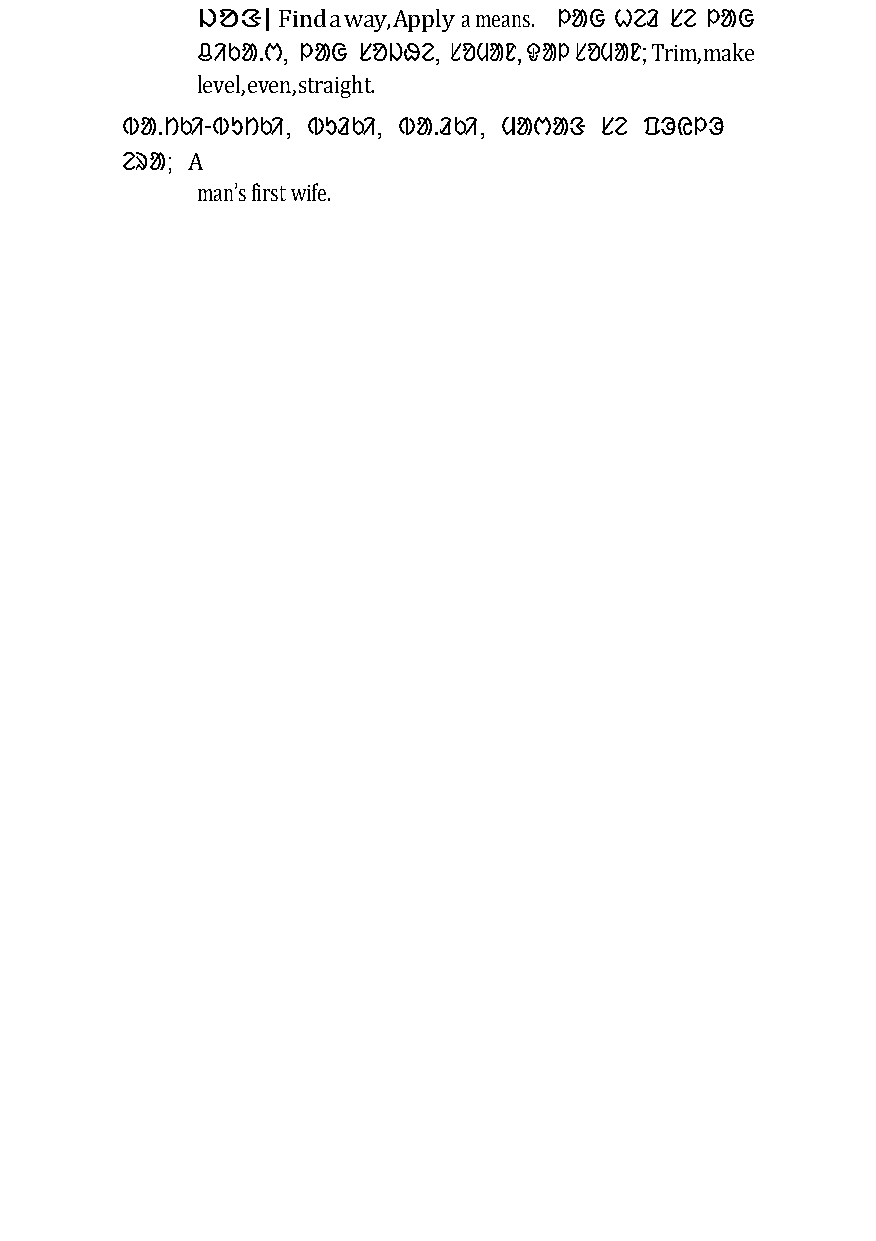
ᱡᱚᱝ| Find a way, Apply a means. ᱞᱟᱜ ᱦᱮᱲ ᱥᱮ ᱞᱟᱜ
 ᱪᱤᱠᱟᱹᱬ, ᱞᱟᱜ ᱥᱚᱡᱷᱮ, ᱥᱚᱢᱟᱱ, ᱫᱟᱞ ᱥᱚᱢᱟᱱ; Trim, make
 level, even, straight.
 ᱵᱟᱹᱴᱠᱤ-ᱵᱩᱴᱠᱤ, ᱵᱩᱲᱠᱤ, ᱵᱟᱹᱲᱠᱤ, ᱢᱟᱬᱟᱝ ᱥᱮ ᱯᱳᱭᱞᱳ
 ᱮᱨᱟ; A
 man’s first wife.